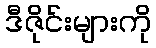
ဒီဇိုင်းများကို